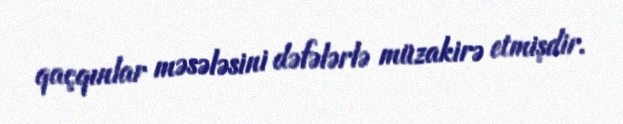
qaçqınlar məsələsini dəfələrlə müzakirə etmişdir.